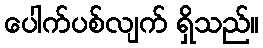
ပေါက်ပစ်လျက် ရှိသည်။